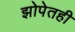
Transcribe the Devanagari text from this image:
झोपेतही